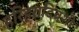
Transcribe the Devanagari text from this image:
हरिहरादिवशी